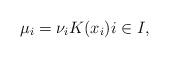
LaTeX: \begin{align*}\mu_i = \nu_i K(x_i) i\in I,\end{align*}